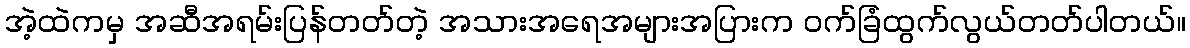
အဲ့ထဲကမှ အဆီအရမ်းပြန်တတ်တဲ့ အသားအရေအများအပြားက ဝက်ခြံထွက်လွယ်တတ်ပါတယ်။